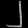
Digit: ၂